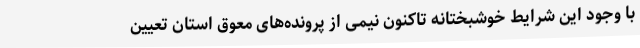
با وجود این شرایط خوشبختانه تاکنون نیمی از پرونده‌های معوق استان تعیین